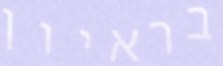
בראיון